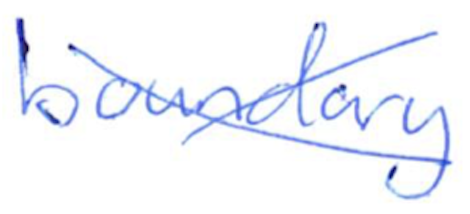
Text: boundary
Cross-out: cross
Writing tool: ballpoint